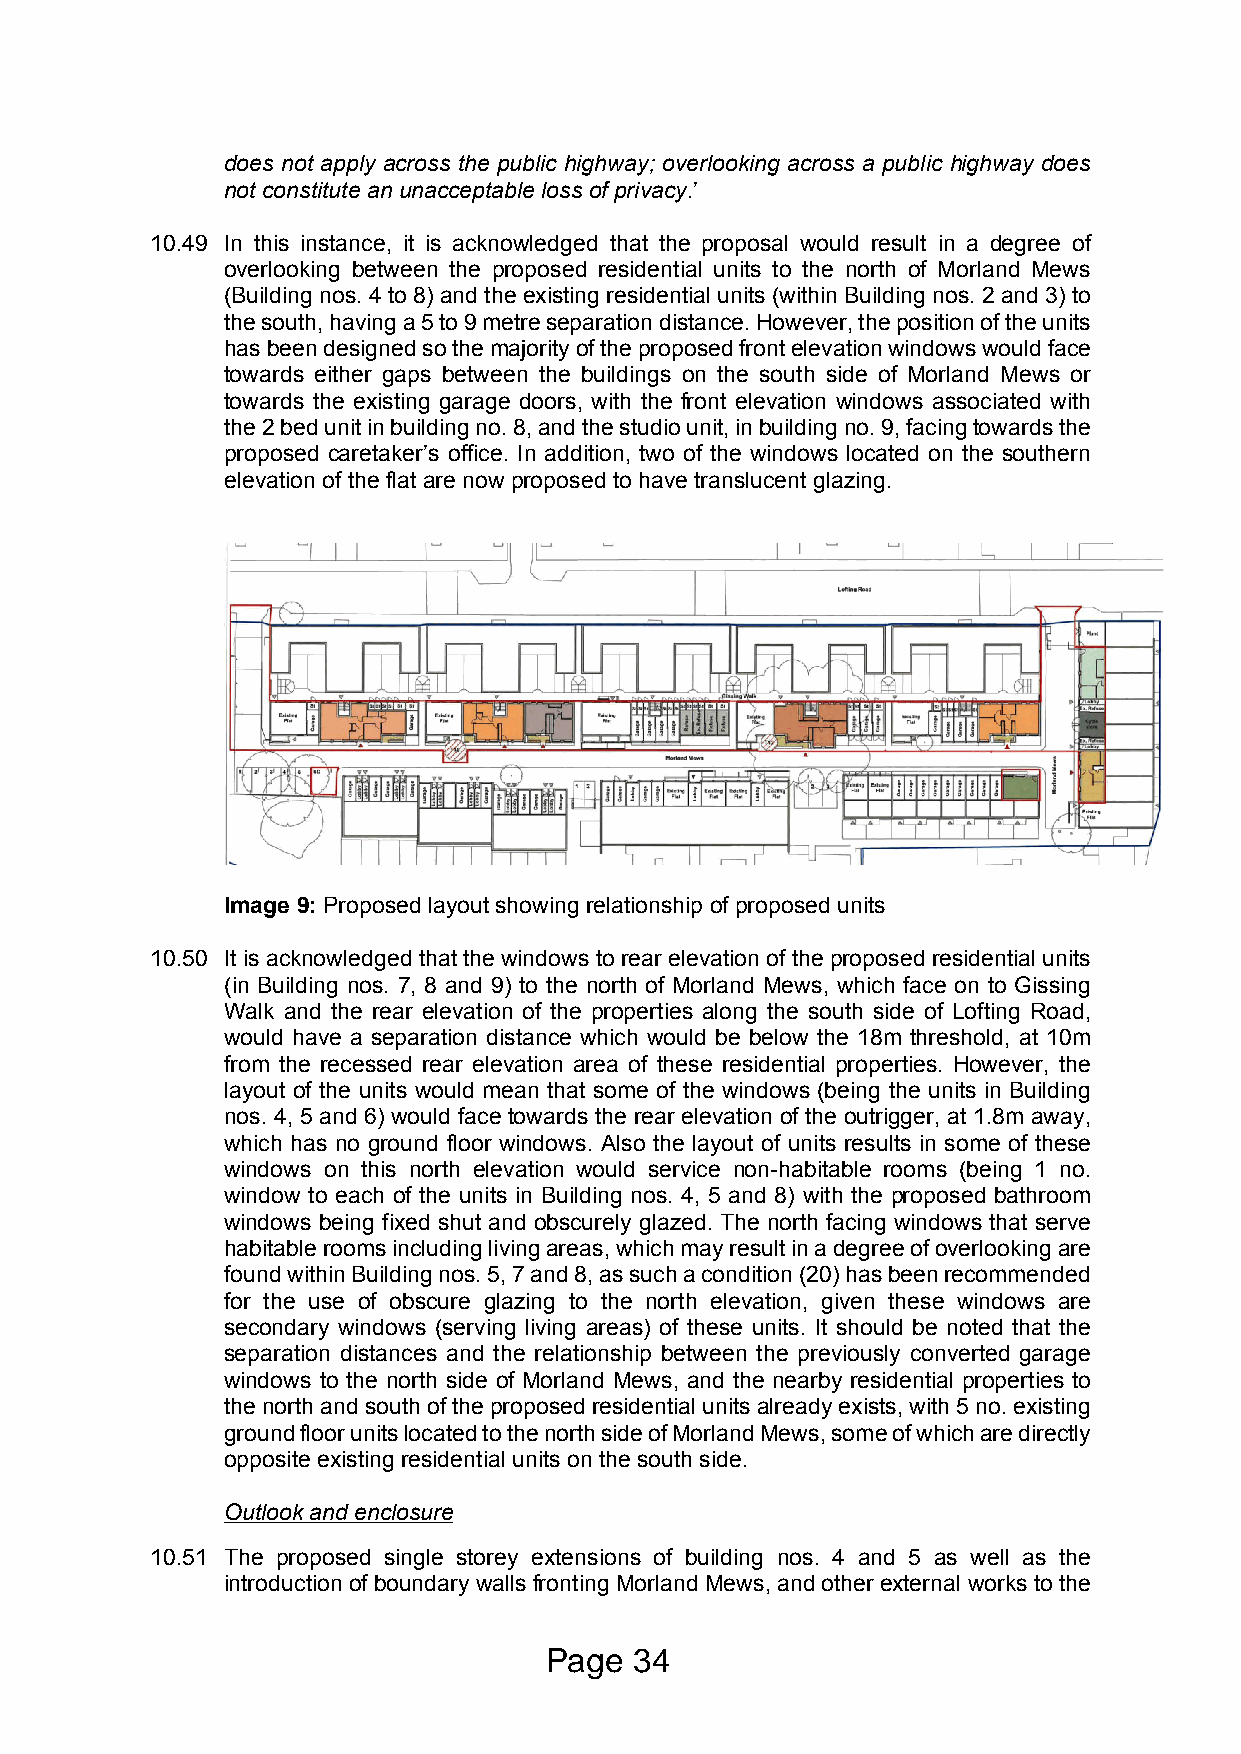
does not apply across the public highway; overlooking across a public highway does
 not constitute an unacceptable loss of privacy.’
 10.49 In this instance, it is acknowledged that the proposal would result in a degree of
 overlooking between the proposed residential units to the north of Morland Mews
 (Building nos. 4 to 8) and the existing residential units (within Building nos. 2 and 3) to
 the south, having a 5 to 9 metre separation distance. However, the position of the units
 has been designed so the majority of the proposed front elevation windows would face
 towards either gaps between the buildings on the south side of Morland Mews or
 towards the existing garage doors, with the front elevation windows associated with
 the 2 bed unit in building no. 8, and the studio unit, in building no. 9, facing towards the
 proposed caretaker’s office. In addition, two of the windows located on the southern
 elevation of the flat are now proposed to have translucent glazing.
 Image 9: Proposed layout showing relationship of proposed units
 10.50 It is acknowledged that the windows to rear elevation of the proposed residential units
 (in Building nos. 7, 8 and 9) to the north of Morland Mews, which face on to Gissing
 Walk and the rear elevation of the properties along the south side of Lofting Road,
 would have a separation distance which would be below the 18m threshold, at 10m
 from the recessed rear elevation area of these residential properties. However, the
 layout of the units would mean that some of the windows (being the units in Building
 nos. 4, 5 and 6) would face towards the rear elevation of the outrigger, at 1.8m away,
 which has no ground floor windows. Also the layout of units results in some of these
 windows on this north elevation would service non-habitable rooms (being 1 no.
 window to each of the units in Building nos. 4, 5 and 8) with the proposed bathroom
 windows being fixed shut and obscurely glazed. The north facing windows that serve
 habitable rooms including living areas, which may result in a degree of overlooking are
 found within Building nos. 5, 7 and 8, as such a condition (20) has been recommended
 for the use of obscure glazing to the north elevation, given these windows are
 secondary windows (serving living areas) of these units. It should be noted that the
 separation distances and the relationship between the previously converted garage
 windows to the north side of Morland Mews, and the nearby residential properties to
 the north and south of the proposed residential units already exists, with 5 no. existing
 ground floor units located to the north side of Morland Mews, some of which are directly
 opposite existing residential units on the south side.
 Outlook and enclosure
 10.51 The proposed single storey extensions of building nos. 4 and 5 as well as the
 introduction of boundary walls fronting Morland Mews, and other external works to the
 Page  34